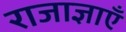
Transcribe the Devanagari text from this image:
राजाज्ञाएँ